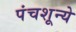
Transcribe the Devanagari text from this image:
पंचशून्ये